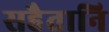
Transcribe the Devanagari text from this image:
सहैतानि